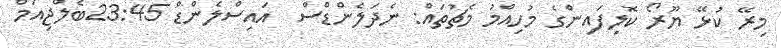
މިރޭ ކުޅޭ ޔޫރޯ ކޮލިފައިންގެ މުހިއްމު މެޗުތައް: ނެދަލެންޑްސް  އައިސްލެންޑް 23:45ބެލްޖިއަމް